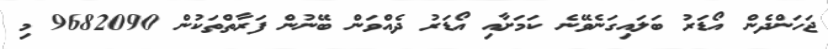
ޖަހަންދެން އޯޑަރު ބަލައިގަނެވޭނެ ކަމަށާއި އޯޑަރު ދެއްވަން ބޭނުން ފަރާތްތަކުން 9682090 މި